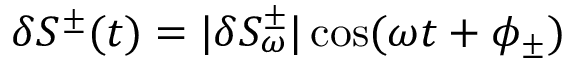
\delta S ^ { \pm } ( t ) = | \delta S _ { \omega } ^ { \pm } | \cos ( \omega t + \phi _ { \pm } )